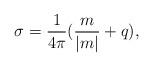
\begin{align*}\sigma =\frac 1{4\pi }(\frac m{|m|}+q), \end{align*}